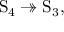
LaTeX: \mathrm { S } _ { 4 } \twoheadrightarrow \mathrm { S } _ { 3 } ,